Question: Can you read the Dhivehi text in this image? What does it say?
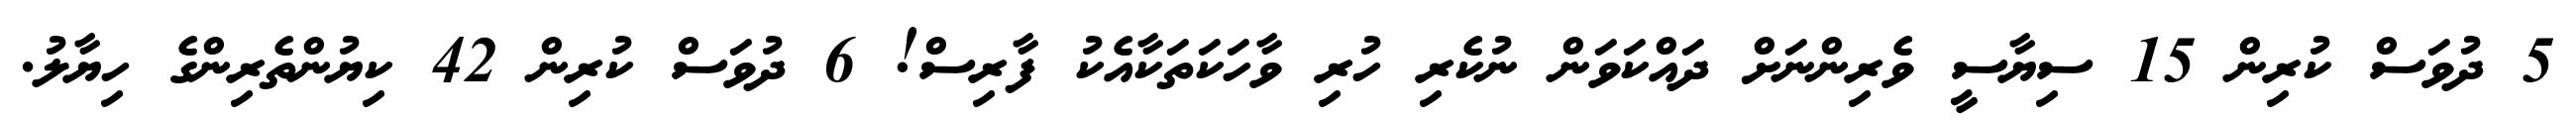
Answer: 5 ދުވަސް ކުރިން 15 ސިޔާސީ ވެރިންނަށް ދައްކަވަން ނުކެރި ހުރި ވާހަކަތަކާއެކު ފާރިސް! 6 ދުވަސް ކުރިން 42 ކިޔުންތެރިންގެ ހިޔާލު.